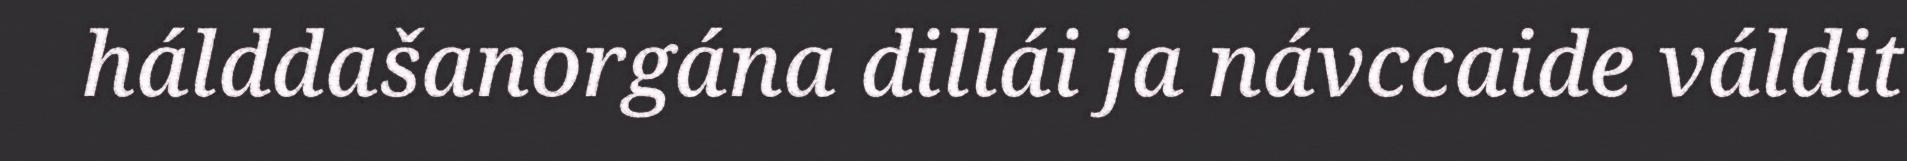
hálddašanorgána dillái ja návccaide váldit